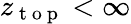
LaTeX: z_{\mathrm{~t~o~p~}}<\infty